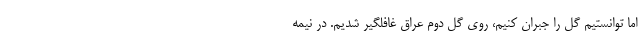
اما توانستیم گل را جبران کنیم، روی گل دوم عراق غافلگیر شدیم. در نیمه